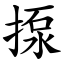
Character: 揼